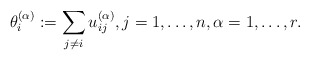
\begin{gather*}\theta_{i}^{(\alpha)}:= \sum_{j \neq i} u_{ij}^{(\alpha)}, j=1,\ldots,n, \alpha=1,\ldots,r.\end{gather*}